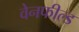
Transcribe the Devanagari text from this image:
वेनफील्ड